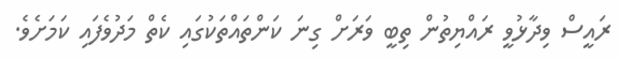
ރައީސް ވިދާޅުވީ ރައްޔިތުން ތިބީ ވަރަށް ގިނަ ކަންތައްތަކުގައި ކެތް މަދުވެފައި ކަމަށެވެ.